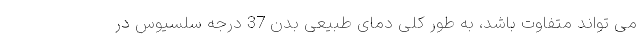
می تواند متفاوت باشد، به طور کلی دمای طبیعی بدن 37 درجه سلسیوس در